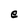
Character: e